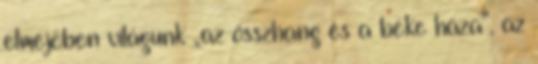
elméjében világunk „az összhang és a béke háza”, az